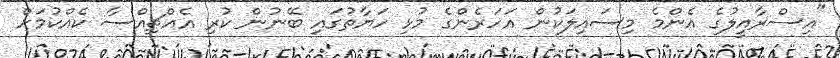
"އިސްރާއީލުގެ އެންމެ މިސައިލަކުން އަހަރެންގެ މުޅި ހަޔާތުގައި ބޭނުން ކުރި އެއްޗިއްސާ ކެއްކުމަށް